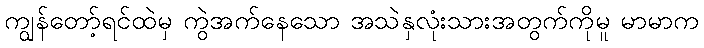
ကျွန်တော့်ရင်ထဲမှ ကွဲအက်နေသော အသဲနှလုံးသားအတွက်ကိုမူ မာမာက